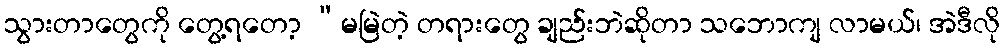
သွားတာတွေကို တွေ့ရတော့ “မမြဲတဲ့ တရားတွေ ချည်းဘဲဆိုတာ သဘောကျ လာမယ်၊ အဲဒီလို